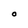
Character: O